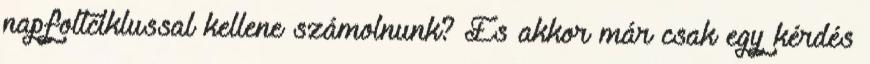
napfoltciklussal kellene számolnunk? És akkor már csak egy kérdés